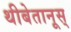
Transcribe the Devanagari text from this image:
थीबेतानूस्